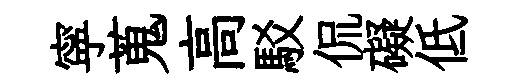
寜蒐高駁侃礙低